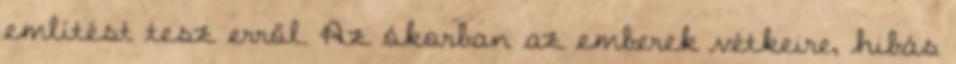
említést tesz erről. Az ókorban az emberek vétkeire, hibás